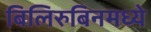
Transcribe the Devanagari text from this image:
बिलिरुबिनमध्ये